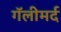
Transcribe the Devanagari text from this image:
गॅलीमर्द